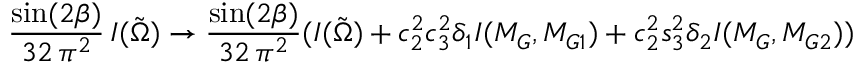
\frac { \sin ( 2 \beta ) } { 3 2 \, \pi ^ { 2 } } \, I ( \tilde { \Omega } ) \rightarrow \frac { \sin ( 2 \beta ) } { 3 2 \, \pi ^ { 2 } } ( I ( \tilde { \Omega } ) + c _ { 2 } ^ { 2 } c _ { 3 } ^ { 2 } \delta _ { 1 } I ( M _ { G } , M _ { G 1 } ) + c _ { 2 } ^ { 2 } s _ { 3 } ^ { 2 } \delta _ { 2 } I ( M _ { G } , M _ { G 2 } ) )